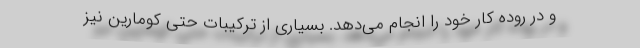
و در روده کار خود را انجام می‌دهد. بسیاری از ترکیبات حتی کومارین نیز